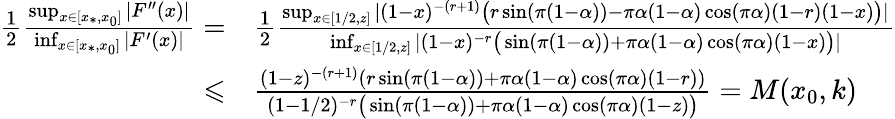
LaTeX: \begin{array}{rl}{\frac{1}{2}\frac{\operatorname*{sup}_{x\in[x_{*},x_{0}]}|F^{\prime\prime}(x)|}{\operatorname*{inf}_{x\in[x_{*},x_{0}]}|F^{\prime}(x)|}=}&{\frac{1}{2}\frac{\operatorname*{sup}_{x\in[1/2,z]}|(1-x)^{-(r+1)}\big(r\sin(\pi(1-\alpha))-\pi\alpha(1-\alpha)\cos(\pi\alpha)(1-r)(1-x)\big)|}{\operatorname*{inf}_{x\in[1/2,z]}|(1-x)^{-r}\big(\sin(\pi(1-\alpha))+\pi\alpha(1-\alpha)\cos(\pi\alpha)(1-x)\big)|}}\\ {\leqslant}&{\frac{(1-z)^{-(r+1)}(r\sin(\pi(1-\alpha))+\pi\alpha(1-\alpha)\cos(\pi\alpha)(1-r))}{(1-1/2)^{-r}\big(\sin(\pi(1-\alpha))+\pi\alpha(1-\alpha)\cos(\pi\alpha)(1-z)\big)}=M(x_{0},k)}\end{array}